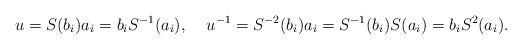
LaTeX: \begin{align*}u = S(b_i)a_i = b_iS^{-1}(a_i), \:\:\:\:\: u^{-1} = S^{-2}(b_i)a_i = S^{-1}(b_i)S(a_i) = b_iS^2(a_i).\end{align*}